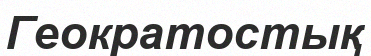
Геократостық